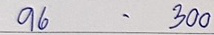
96 - 300